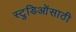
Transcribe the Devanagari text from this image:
स्टुडिओंसाठी